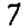
Digit: 7